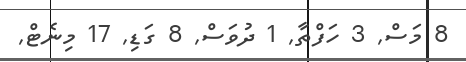
8 މަސް